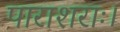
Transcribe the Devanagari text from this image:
पाराशराः।